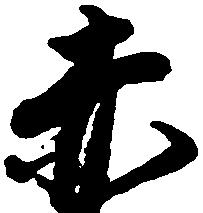
赤